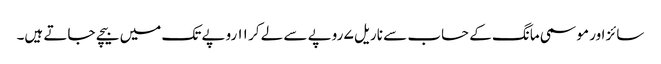
سائز اور موسمی مانگ کے حساب سے ناریل ۷ روپے سے لے کر ۱۱ روپے تک میں بیچے جاتے ہیں۔